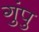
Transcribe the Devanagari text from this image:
गुंपु